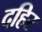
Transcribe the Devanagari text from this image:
दहिर